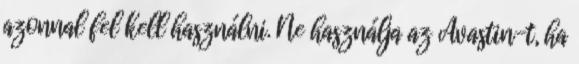
azonnal fel kell használni. Ne használja az Avastin-t, ha